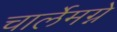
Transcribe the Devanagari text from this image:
चार्लेमग्ने